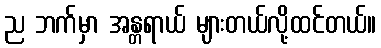
ည ဘက်မှာ အန္တရာယ် များတယ်လို့ထင်တယ်။